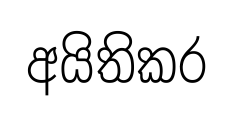
අයිතිකර